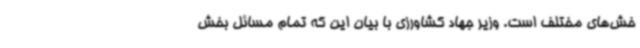
خش‌های مختلف است. وزیر جهاد کشاورزی با بیان این که تمام مسائل بخش